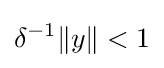
\delta ^{-1}\|y\|<1